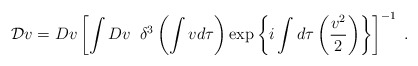
\begin{align*}{\cal D}v=Dv\left[ \int Dv\;\;\delta ^3\left( \int v d\tau \right) \exp \left \{i\int d\tau \left(\frac{v^2}2\right)\right \} \right] ^{-1}\;.\end{align*}